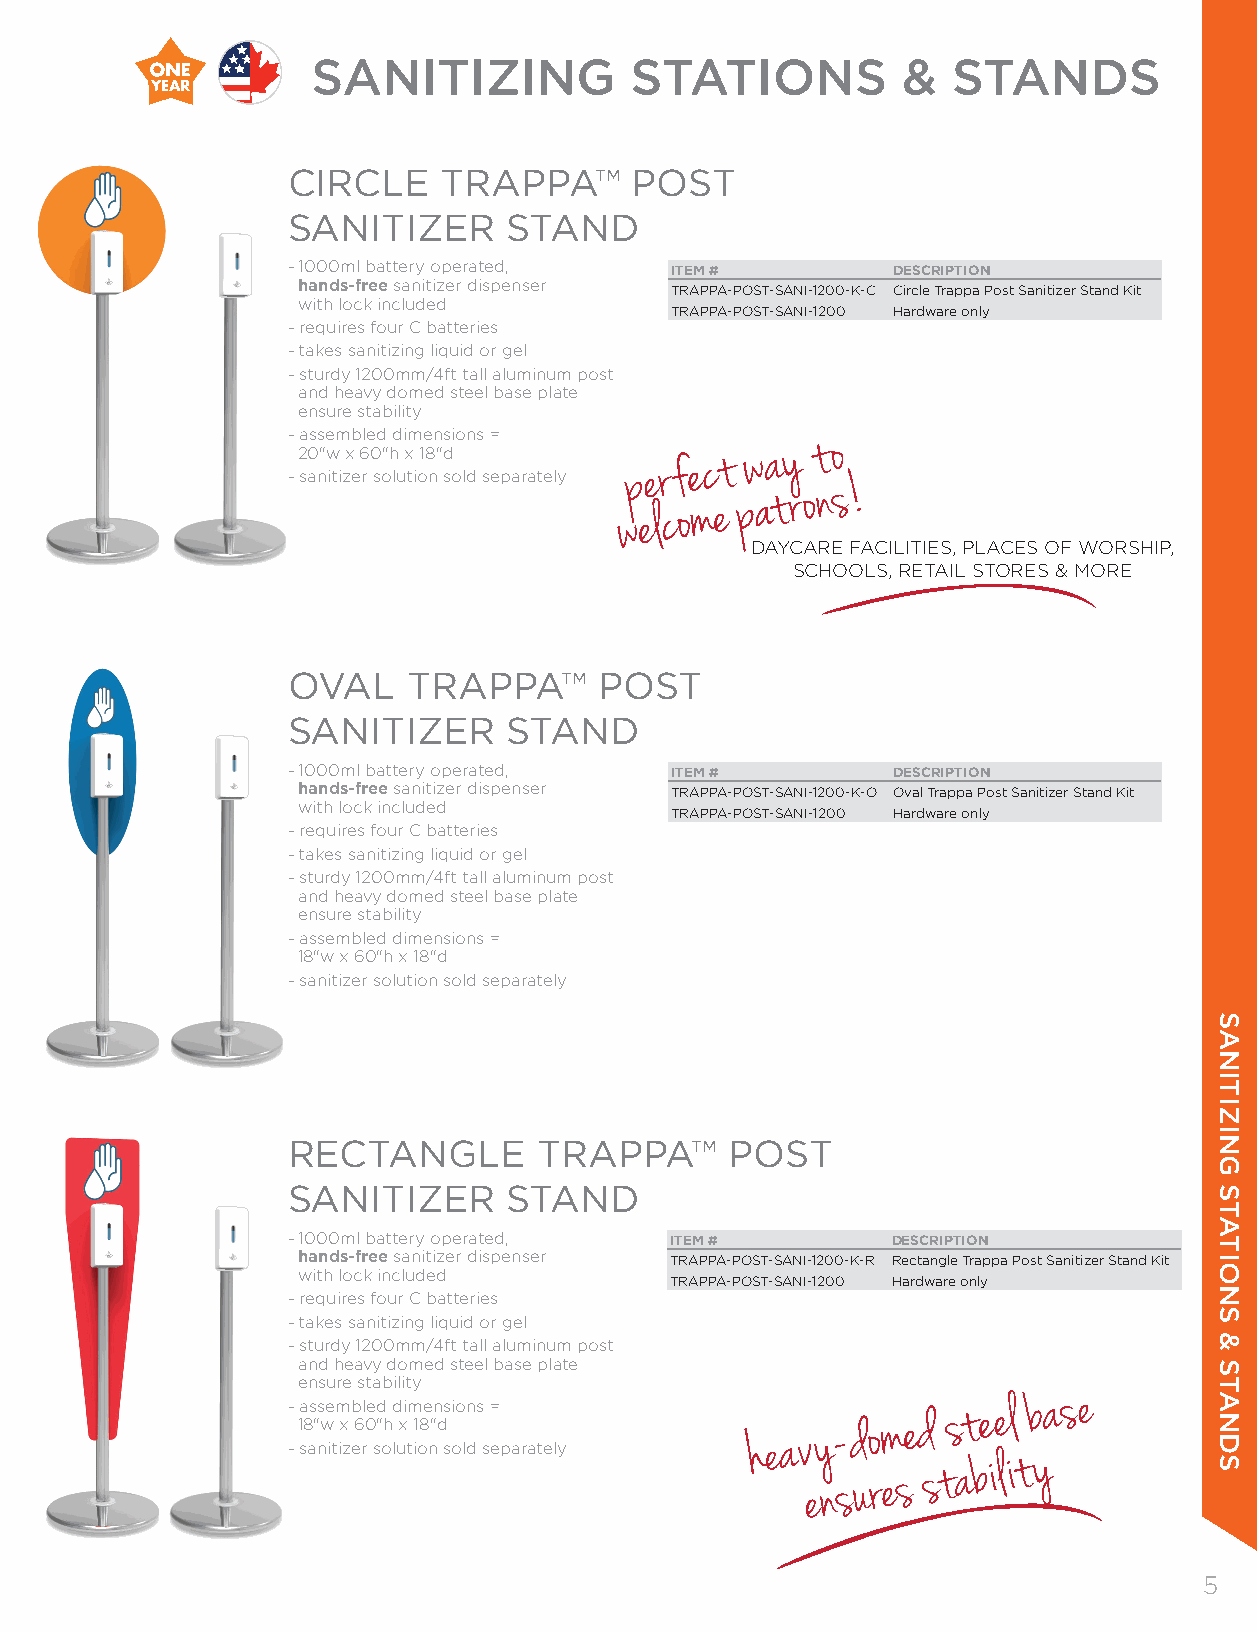
SANITIZING           STATIONS          &  STANDS
 CIRCLE    TRAPPA™      POST
 SANITIZER     STAND
 -1000ml battery operated, ITEM #        DESCRIPTION
 hands-free sanitizer dispenser TRAPPA-POST-SANI-1200-K-C Circle Trappa Post Sanitizer Stand Kit
 with lock included
 TRAPPA-POST-SANI-1200 Hardware only
 -requires four C batteries
 -takes sanitizing liquid or gel
 -sturdy 1200mm/4ft tall aluminum post
 and heavy domed steel base plate
 ensure stability
 - 2a 0ss "e wm xb 6le 0d " hd i xm 1e 8n "dsions = p e r f e c t w a y t o
 -sanitizer solution sold separately w e l c o m e p a t r o n s !
 DAYCARE FACILITIES, PLACES OF WORSHIP,
 SCHOOLS, RETAIL STORES & MORE
 OVAL    TRAPPA™      POST
 SANITIZER     STAND
 -1000ml battery operated, ITEM #        DESCRIPTION
 hands-free sanitizer dispenser TRAPPA-POST-SANI-1200-K-O Oval Trappa Post Sanitizer Stand Kit
 with lock included
 TRAPPA-POST-SANI-1200 Hardware only
 -requires four C batteries
 -takes sanitizing liquid or gel
 -sturdy 1200mm/4ft tall aluminum post
 and heavy domed steel base plate
 ensure stability
 -assembled dimensions =
 18"w x 60"h x 18"d
 -sanitizer solution sold separately
 RECTANGLE        TRAPPA™     POST
 SANITIZER     STAND
 -1000ml battery operated, ITEM #        DESCRIPTION
 hands-free sanitizer dispenser TRAPPA-POST-SANI-1200-K-R Rectangle Trappa Post Sanitizer Stand Kit
 with lock included
 TRAPPA-POST-SANI-1200 Hardware only
 -requires four C batteries
 -takes sanitizing liquid or gel
 -sturdy 1200mm/4ft tall aluminum post
 and heavy domed steel base plate
 ensure stability
 - 1a 8s "s wem x b 6l 0ed "h d xim 18e "n dsions = h e a v y - d o m e d s t e e l b a s e
 -sanitizer solution sold separately e n s u r e s s t a b i l it y
 55
 SANITIZING
 STATIONS
 &
 STANDS